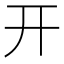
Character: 开